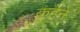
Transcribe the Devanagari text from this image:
कहेने